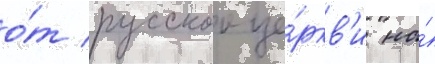
о́т русскои це́ркв'и на́